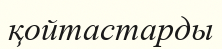
қойтастарды